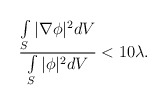
\begin{align*}\frac{\int\limits_S\vert\nabla\phi\vert^{2} dV}{\int\limits_S \vert\phi\vert^{2} dV} < 10 \lambda.\end{align*}